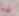
الأباء